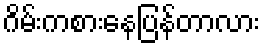
ဂိမ်းကစားနေပြန်တာလား